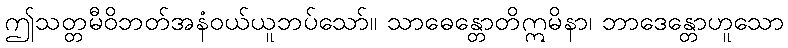
ဤသတ္တမီဝိဘတ်အနံဝယ်ယူဘပ်သော်။ သာဓေန္တောတိဣမိနာ၊ ဘာဒေန္တောဟူသော